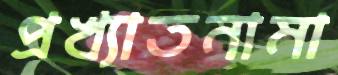
প্রখ্যাতনামা